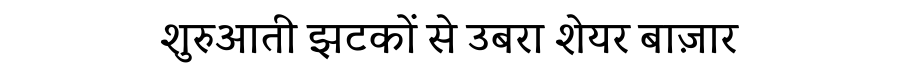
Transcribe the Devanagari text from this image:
शुरुआती झटकों से उबरा शेयर बाज़ार